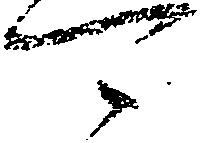
可